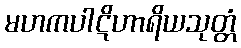
မဟကပါဋိဟာရိယသုတ္တံ